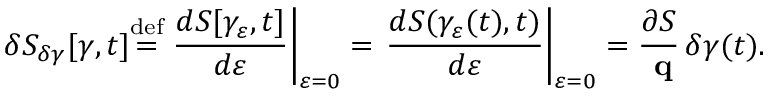
\delta { \cal { S } } _ { \delta \gamma } [ \gamma , t ] { \overset { \mathrm { d e f } } { = } } \left. { \frac { d { \cal { S } } [ \gamma _ { \varepsilon } , t ] } { d \varepsilon } } \right| _ { \varepsilon = 0 } = \left. { \frac { d S ( \gamma _ { \varepsilon } ( t ) , t ) } { d \varepsilon } } \right| _ { \varepsilon = 0 } = { \frac { \partial S } { \mathbf { \partial q } } } \, \delta \gamma ( t ) .